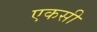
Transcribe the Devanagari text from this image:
एकसी